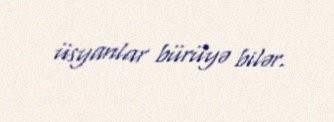
üsyanlar bürüyə bilər.